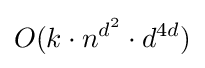
O(k\cdot n^{d^{2}}\cdot d^{4d})